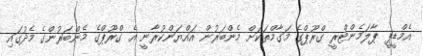
އެމްޑީޕީ ޕާލަމެންޓްރީ ގްރޫޕްގެ މަގާމްތަކަށް މެންބަރުން އައްޔަންކުރާނީ އެ ގްރޫޕްގެ މެންބަރުންގެ މެދުގައި